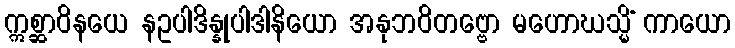
ဣစ္ဆာဝိနယေ နဥပါဒိန္နုပါဒါနိယော အနုဘဝိတဗ္ဗော မဟောဃသ္မိံ ကာယော